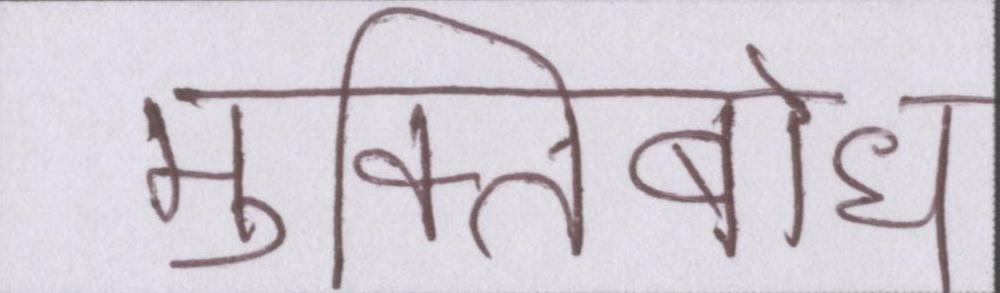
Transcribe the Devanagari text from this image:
मुक्तिबोध